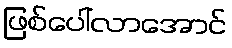
ဖြစ်ပေါ်လာအောင်